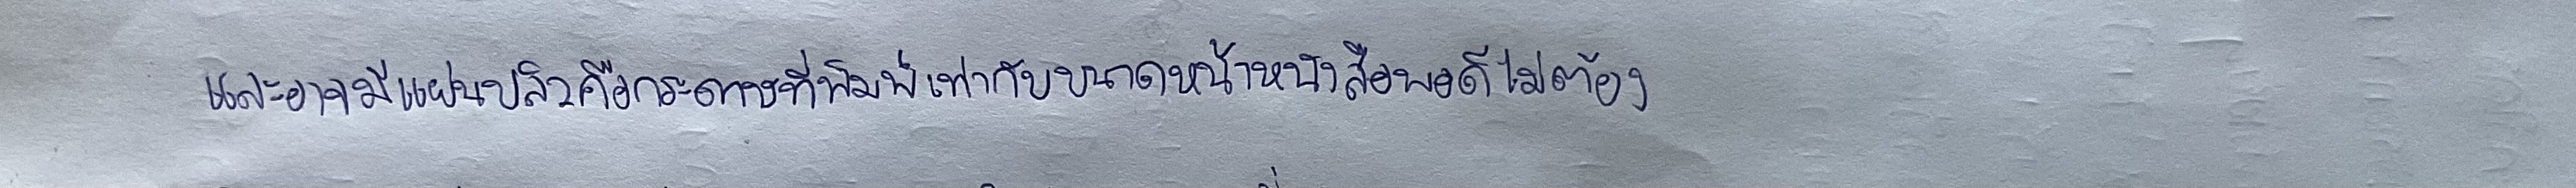
และอาจมีแผ่นปลิวคือกระดาษที่พิมพ์เท่ากับขนาดหน้าหนังสือพอดีไม่ต้อง